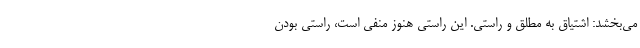
می‌بخشد: اشتیاق به مطلق و راستی. این راستی هنوز منفی است، راستیِ بودن